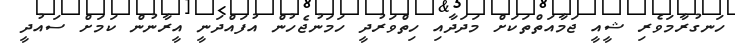
ހަނގުރާމަވެރި ޝީއީ ޖަމާއަތްތަކަށް މަދަދާއި ހިތްވަރުދީ ހަމަނުޖެހުން އުފައްދަނީ އީރާނުން ކަމަށް ސައުދީ